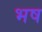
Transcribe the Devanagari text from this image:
भष